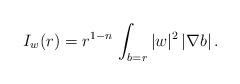
LaTeX: \begin{align*} I_w (r) = r^{1-n} \, \int_{b=r} |w|^2 \, |\nabla b| \, . \end{align*}